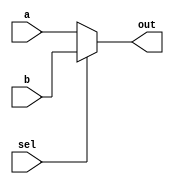
// Create a 100-bit wide, 2-to-1 multiplexer. When sel=0, choose a. When sel=1, choose b.

module top_module( 
    input [99:0] a, b,
    input sel,
    output [99:0] out );
    
    assign out = (sel) ? b : a;

endmodule